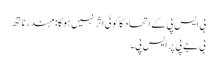
بی ایس پی کے اتحاد کا کوئی اثر نہیں ہوگا: مہندر ناتھ
بی جے پی پر ایس پی۔